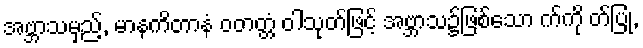
အဗ္ဘာသမှည့်, မာနကိတာနံ ဝတတ္တံ ဝါသုတ်ဖြင့် အဗ္ဘာသ၌ဖြစ်သော က်ကို တ်ပြု,